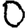
Digit: 0